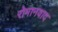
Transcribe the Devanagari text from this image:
रोमानवाद